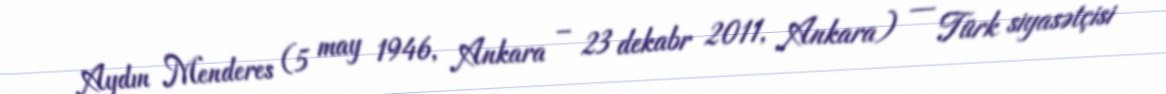
Aydın Menderes (5 may 1946, Ankara – 23 dekabr 2011, Ankara) — Türk siyasətçisi